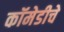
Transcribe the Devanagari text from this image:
कॉमेडीचे